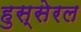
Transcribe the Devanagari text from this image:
हुस्सेरल